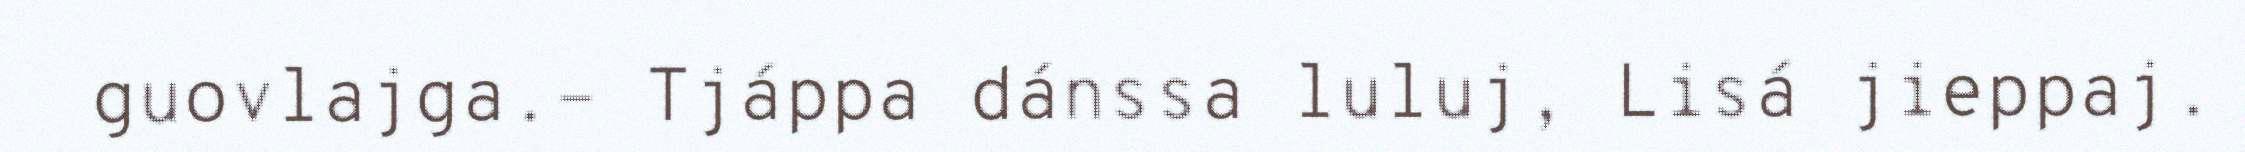
guovlajga.– Tjáppa dánssa luluj, Lisá jieppaj.